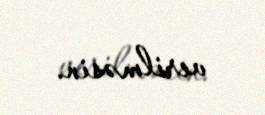
verilməsin.